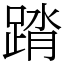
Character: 䠌